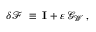
\delta { \mathcal F } \; \equiv \; \mathbf { I } + \varepsilon \, { \mathcal G } _ { \mathcal W } \, ,